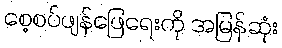
စေ့စပ်ဖျန်ဖြေရေးကို အမြန်ဆုံး